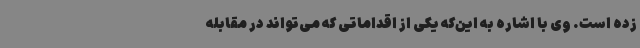
زده است. وی با اشاره به این‌که یکی از اقداماتی که می‌تواند در مقابله